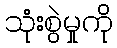
သုံးစွဲမှုကို